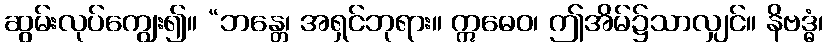
ဆွမ်းလုပ်ကျွေး၍။ “ဘန္တေ၊ အရှင်ဘုရား။ ဣဓေဝ၊ ဤအိမ်၌သာလျှင်။ နိဗဒ္ဓံ၊